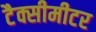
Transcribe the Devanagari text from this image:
टैक्सीमीटर